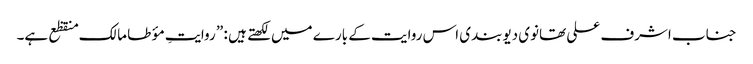
جناب اشرف علی تھانوی دیوبندی اس روایت کے بارے میں لکھتے ہیں : ” روایتِ مؤ طا مالک منقظع ہے۔